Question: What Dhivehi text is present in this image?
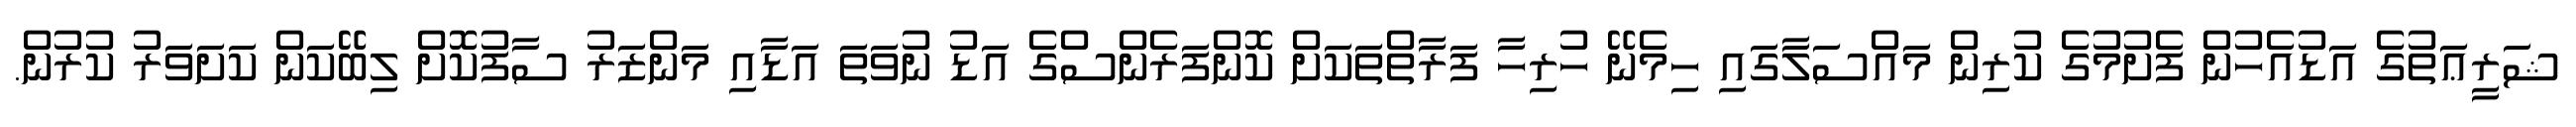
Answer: ޝަރީޢަތުގެ އަޑުއެހުން ފެށުމުގެ ކުރިން މައްސަލާގައި ހިމެނޭ ހުރިހާ ފަރާތްތަކަށް ކޮންފަރެންސްގެ އަޑު ނުވަތަ އަޑާއި މަންޒަރު ސާފުކޮށް ލިބޭކަން ކަށަވަރު ކުރުން.